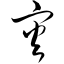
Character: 灾